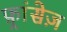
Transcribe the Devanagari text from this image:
फ़्रांसेज़